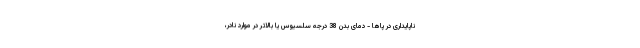
ناپایداری در پاها - دمای بدن 38 درجه سلسیوس یا بالاتر در موارد نادر،